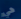
هي